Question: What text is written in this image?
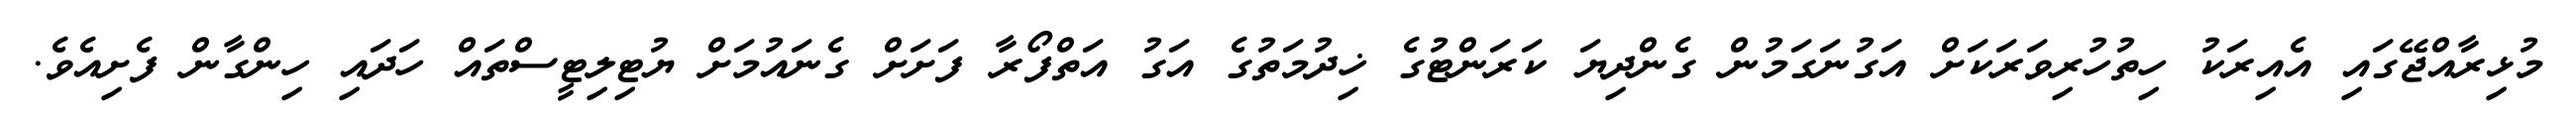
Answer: މުޅިރާއްޖޭގައި އެއިރަކު ހިތުހުރިވަރަކަށް އަގުނަގަމުން ގެންދިޔަ ކަރަންޓުގެ ޚިދުމަތުގެ އަގު އަތްފޯރާ ފަށަށް ގެނައުމަށް ޔުޓިލިޓީސްތައް ހަދައި ހިންގާން ފެށިއެވެ.